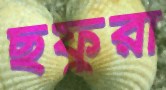
ছফুরা